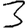
Digit: 3